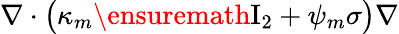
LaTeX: \nabla\cdot\bigl(\kappa_{m}\ensuremath{\mathrm{I}_{2}}+{\psi}_{m}\sigma\bigr)\nabla